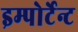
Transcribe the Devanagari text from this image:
इम्पोर्टेन्ट